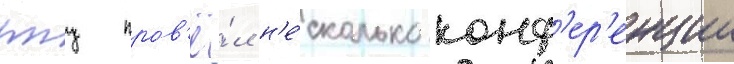
рпц пров'ё́л н'е́сколько конф'ер'енции